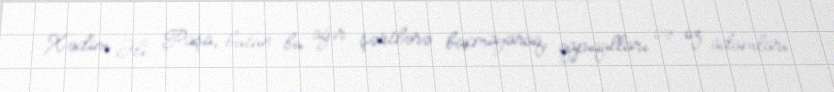
Xədim Əli Paşa, bütün bu ağır şərtlərə baxmayaraq, qapıqulları və öz adamları